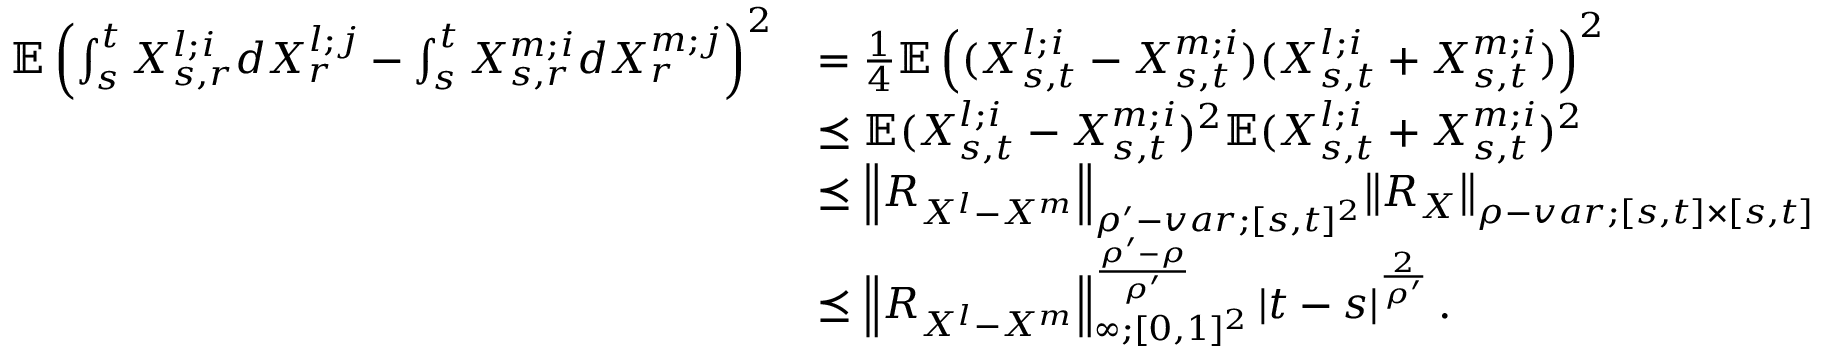
\begin{array} { r l } { \mathbb { E } \left( \int _ { s } ^ { t } X _ { s , r } ^ { l ; i } d X _ { r } ^ { l ; j } - \int _ { s } ^ { t } X _ { s , r } ^ { m ; i } d X _ { r } ^ { m ; j } \right) ^ { 2 } } & { = \frac { 1 } { 4 } \mathbb { E } \left( ( X _ { s , t } ^ { l ; i } - X _ { s , t } ^ { m ; i } ) ( X _ { s , t } ^ { l ; i } + X _ { s , t } ^ { m ; i } ) \right) ^ { 2 } } \\ & { \preceq \mathbb { E } ( X _ { s , t } ^ { l ; i } - X _ { s , t } ^ { m ; i } ) ^ { 2 } \mathbb { E } ( X _ { s , t } ^ { l ; i } + X _ { s , t } ^ { m ; i } ) ^ { 2 } } \\ & { \preceq { \left\lVert { R _ { X ^ { l } - X ^ { m } } } \right\rVert } _ { \rho ^ { \prime } - v a r ; [ s , t ] ^ { 2 } } { \left\lVert { R _ { X } } \right\rVert } _ { \rho - v a r ; [ s , t ] \times [ s , t ] } } \\ & { \preceq { \left\lVert { R _ { X ^ { l } - X ^ { m } } } \right\rVert } _ { \infty ; [ 0 , 1 ] ^ { 2 } } ^ { \frac { \rho ^ { \prime } - \rho } { \rho ^ { \prime } } } \left| t - s \right| ^ { \frac { 2 } { \rho ^ { \prime } } } . } \end{array}